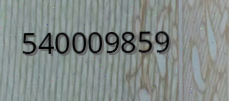
540009859